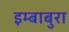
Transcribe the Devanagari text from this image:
इम्बाबुरा